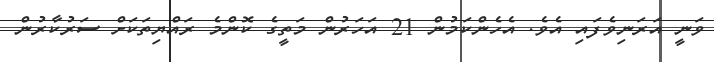
ވަނީ އަރަނިވެފައި އެވެ. އެހެންކަމުން 21 އަހަރުން މަތީގެ ކޮންމެ ރައްޔިތަކަށް ސަރުކާރުން